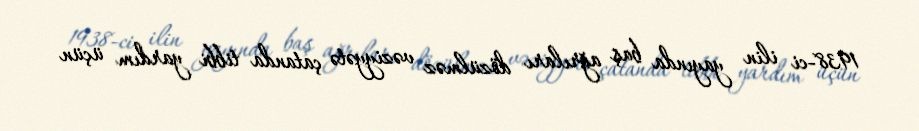
1938-ci ilin yayında baş ağrıları dözülməz vəziyyətə çatanda tibbi yardım üçün